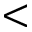
<